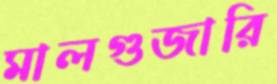
মালগুজারি